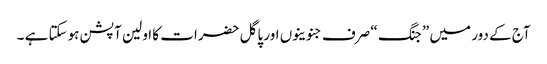
آج کے دور میں ” جنگ “ صرف جنوینوں اور پاگل حضرات کا اولین آپشن ہوسکتا ہے ۔